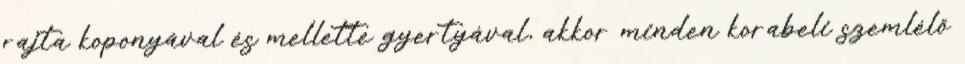
rajta koponyával és mellette gyertyával, akkor minden korabeli szemlélő